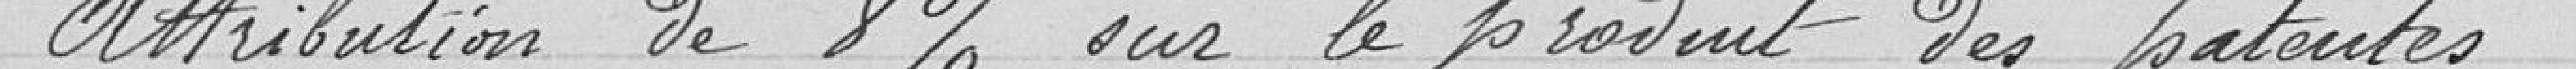
Attribution de 8% sur le produit des patentes